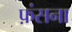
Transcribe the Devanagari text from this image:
फ़ंसना